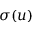
\sigma ( u )